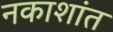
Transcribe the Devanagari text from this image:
नकाशांत